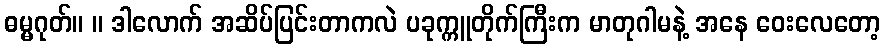
ဓမ္မဂုတ်။ ။ ဒါလောက် အဆိပ်ပြင်းတာကလဲ ပခုက္ကူတိုက်ကြီးက မာတုဂါမနဲ့ အနေ ဝေးလေတော့